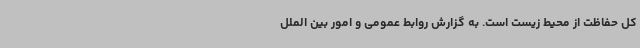
کل حفاظت از محیط زیست است. به گزارش روابط عمومی و امور بین الملل